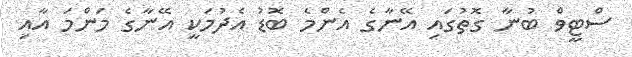
ސްޓީވް ބުނާ ގޮތުގައި އޭނާގެ އެންމެ ބޮޑު އެދުމަކީ އޭނާގެ މަންމަ އާއި